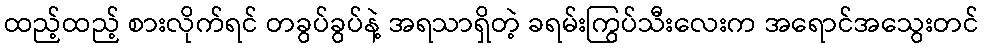
ထည့်ထည့် စားလိုက်ရင် တခွပ်ခွပ်နဲ့ အရသာရှိတဲ့ ခရမ်းကြွပ်သီးလေးက အရောင်အသွေးတင်